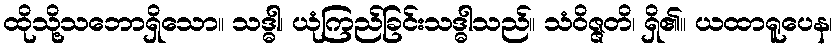
ထိုသို့သဘောရှိသော။ သဒ္ဓါ၊ ယုံကြည်ခြင်းသဒ္ဓါသည်။ သံဝိဇ္ဇတိ၊ ရှိ၏။ ယထာရူပေန၊